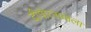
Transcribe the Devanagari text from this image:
दीपोत्सवाला